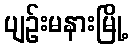
ပျဉ်းမနားမြို့